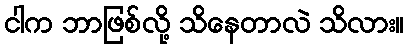
ငါက ဘာဖြစ်လို့ သိနေတာလဲ သိလား။